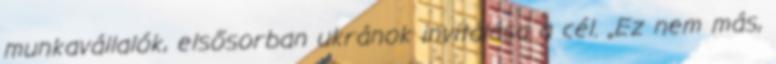
munkavállalók, elsősorban ukránok invitálása a cél. „Ez nem más,